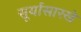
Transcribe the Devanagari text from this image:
सूर्यासारखे